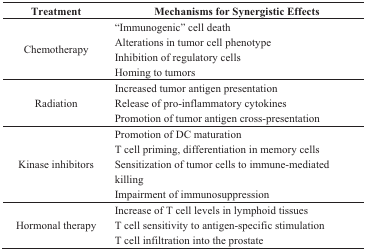
| Treatment | Mechanisms for Synergistic Effects |
 | --- | --- |
 | Chemotherapy | “Immunogenic” cell death Alterations in tumor cell phenotype Inhibition of regulatory cells Homing to tumors |
 | Radiation | Increased tumor antigen presentation Release of pro-inflammatory cytokines Promotion of tumor antigen cross-presentation |
 | Kinase inhibitors | Promotion of DC maturation T cell priming, differentiation in memory cells Sensitization of tumor cells to immune-mediated killing Impairment of immunosuppression |
 | Hormonal therapy | Increase of T cell levels in lymphoid tissues T cell sensitivity to antigen-specific stimulation T cell infiltration into the prostate |